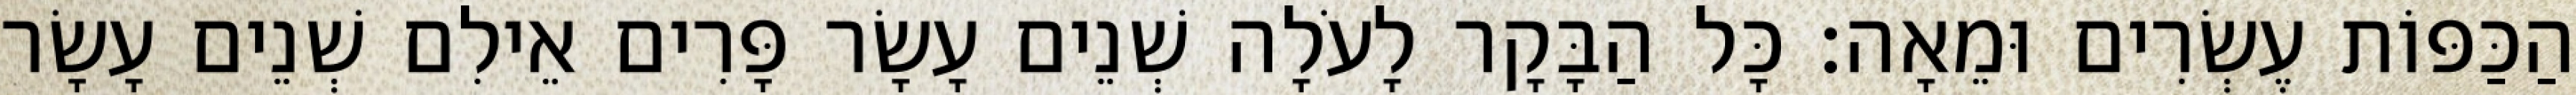
הַכַּפּוֹת עֶשְׂרִים וּמֵאָה׃ כָּל הַבָּקָר לָעֹלָה שְׁנֵים עָשָׂר פָּרִים אֵילִם שְׁנֵים עָשָׂר